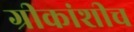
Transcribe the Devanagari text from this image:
ग्रीकांशीच